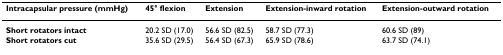
<table><thead><tr><td><b>Intracapsular pressure (mmHg)</b></td><td><b>45° flexion</b></td><td><b>Extension</b></td><td><b>Extension-inward rotation</b></td><td><b>Extension-outward rotation</b></td></tr></thead><tbody><tr><td><b>Short rotators intact</b></td><td>20.2 SD (17.0)</td><td>56.6 SD (82.5)</td><td>58.7 SD (77.3)</td><td>60.6 SD (89)</td></tr><tr><td><b>Short rotators cut</b></td><td>35.6 SD (29.5)</td><td>56.4 SD (67.3)</td><td>65.9 SD (78.6)</td><td>63.7 SD (74.1)</td></tr></tbody></table>